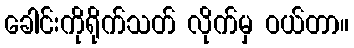
ခေါင်းကိုရိုက်သတ် လိုက်မှ ဝယ်တာ။